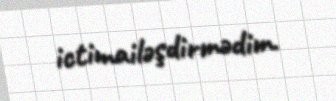
ictimailəşdirmədim.